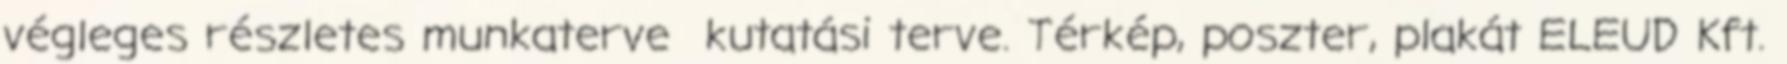
végleges részletes munkaterve kutatási terve. Térkép, poszter, plakát ELEUD Kft.